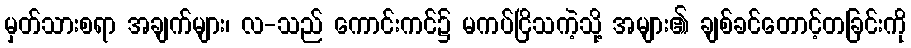
မှတ်သားစရာ အချက်များ၊ လ-သည် ကောင်းကင်၌ မကပ်ငြိသကဲ့သို့ အများ၏ ချစ်ခင်တောင့်တခြင်းကို